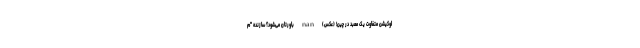
لوکیشن متفاوت یک معبد در چین! (عکس) nan باورتان می‌شود؟ سازنده "م